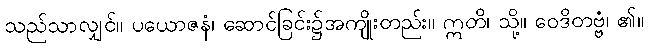
သည်သာလျှင်။ ပယောဇနံ၊ ဆောင်ခြင်း၌အကျိုးတည်း။ ဣတိ၊ သို့။ ဝေဒိတဗ္ဗံ၊ ၏။